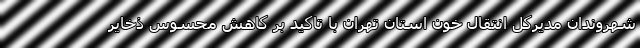
شهروندان مدیرکل انتقال خون استان تهران با تاکید بر کاهش محسوس ذخایر